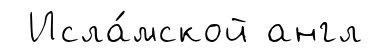
Исла́мской англ